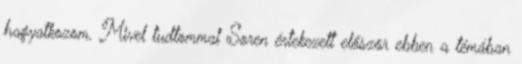
hagyatkozom. Mivel tudtommal Soren értekezett először ebben a témában